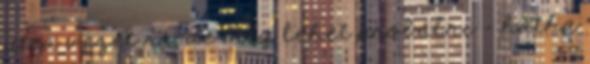
utca vezet rá, de meg lehet próbálni – hátha